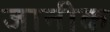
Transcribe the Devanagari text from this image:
जानीक